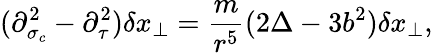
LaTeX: (\partial_{\sigma_{c}}^{2}-\partial_{\tau}^{2})\delta x_{\perp}=\frac{m}{r^{5}}(2\Delta-3b^{2})\delta x_{\perp},